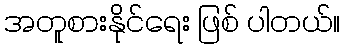
အတူစားနိုင်ရေး ဖြစ် ပါတယ်။